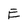
Character: E